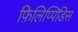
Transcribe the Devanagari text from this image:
फ़िलिप्पिडिस